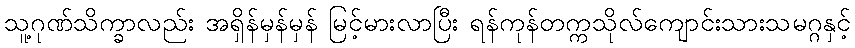
သူ့ဂုဏ်သိက္ခာလည်း အရှိန်မှန်မှန် မြင့်မားလာပြီး ရန်ကုန်တက္ကသိုလ်ကျောင်းသားသမဂ္ဂနှင့်